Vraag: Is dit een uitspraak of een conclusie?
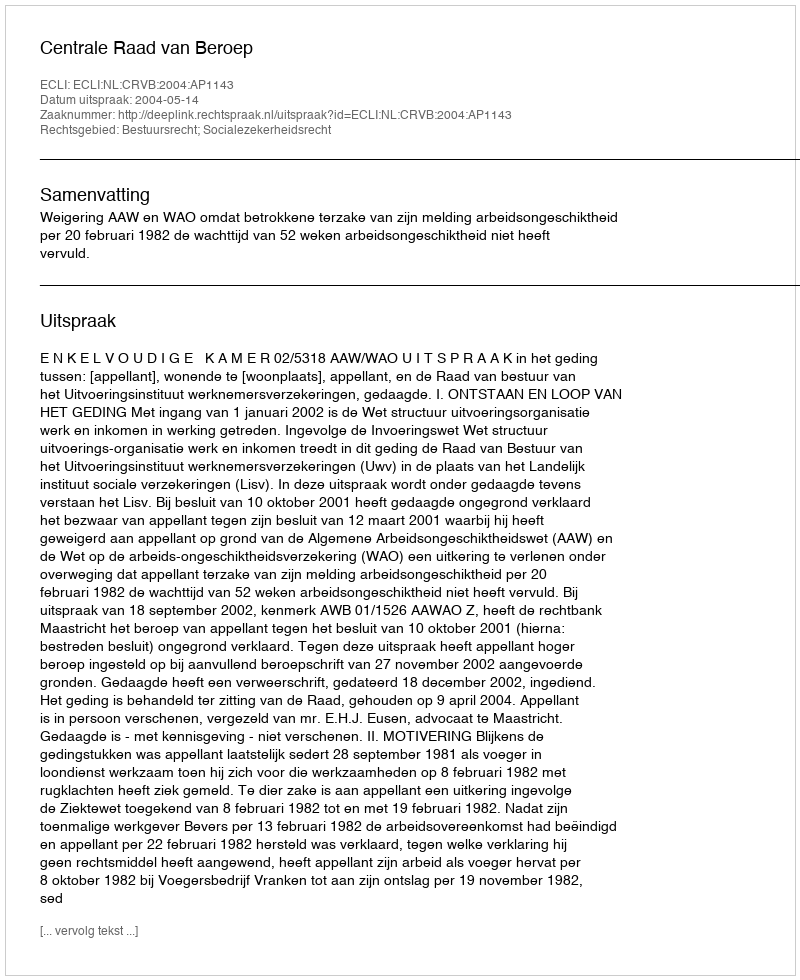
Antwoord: Uitspraak